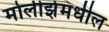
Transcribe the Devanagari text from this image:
मोलीझेमधील